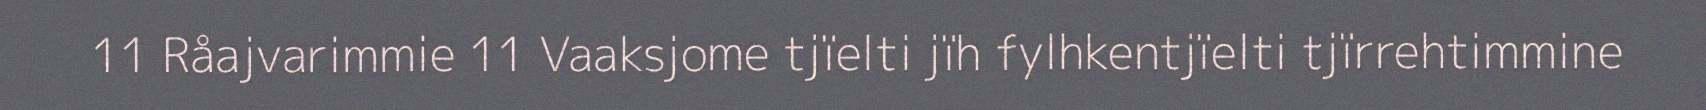
11 Råajvarimmie 11 Vaaksjome tjïelti jïh fylhkentjïelti tjïrrehtimmine